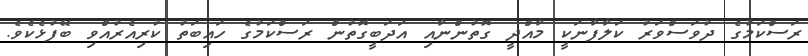
ރަސްކަމުގެ ދުވަސްވަރު ކަލާފާނަކީ މާއްދީ ގޮތުންނާއި އަދަބީގޮތުން ރަސްކަމުގެ ހައިބަތު ކުރިއެރުއްވި ބޭފުޅެކެވެ.